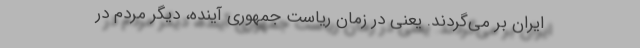
ایران بر می‌‌گردند. یعنی در زمان ریاست جمهوری آینده، دیگر مردم در